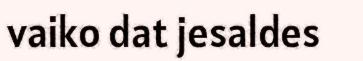
vaiko dat jesaldes